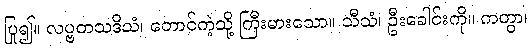
ပြု၍။ လပ္ဗတသဒိသံ၊ တောင်ကဲ့သို့ ကြီးမားသော။ သီသံ၊ ဦးခေါင်းကို။ ကတွာ၊